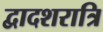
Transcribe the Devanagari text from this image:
द्वादशरात्रि